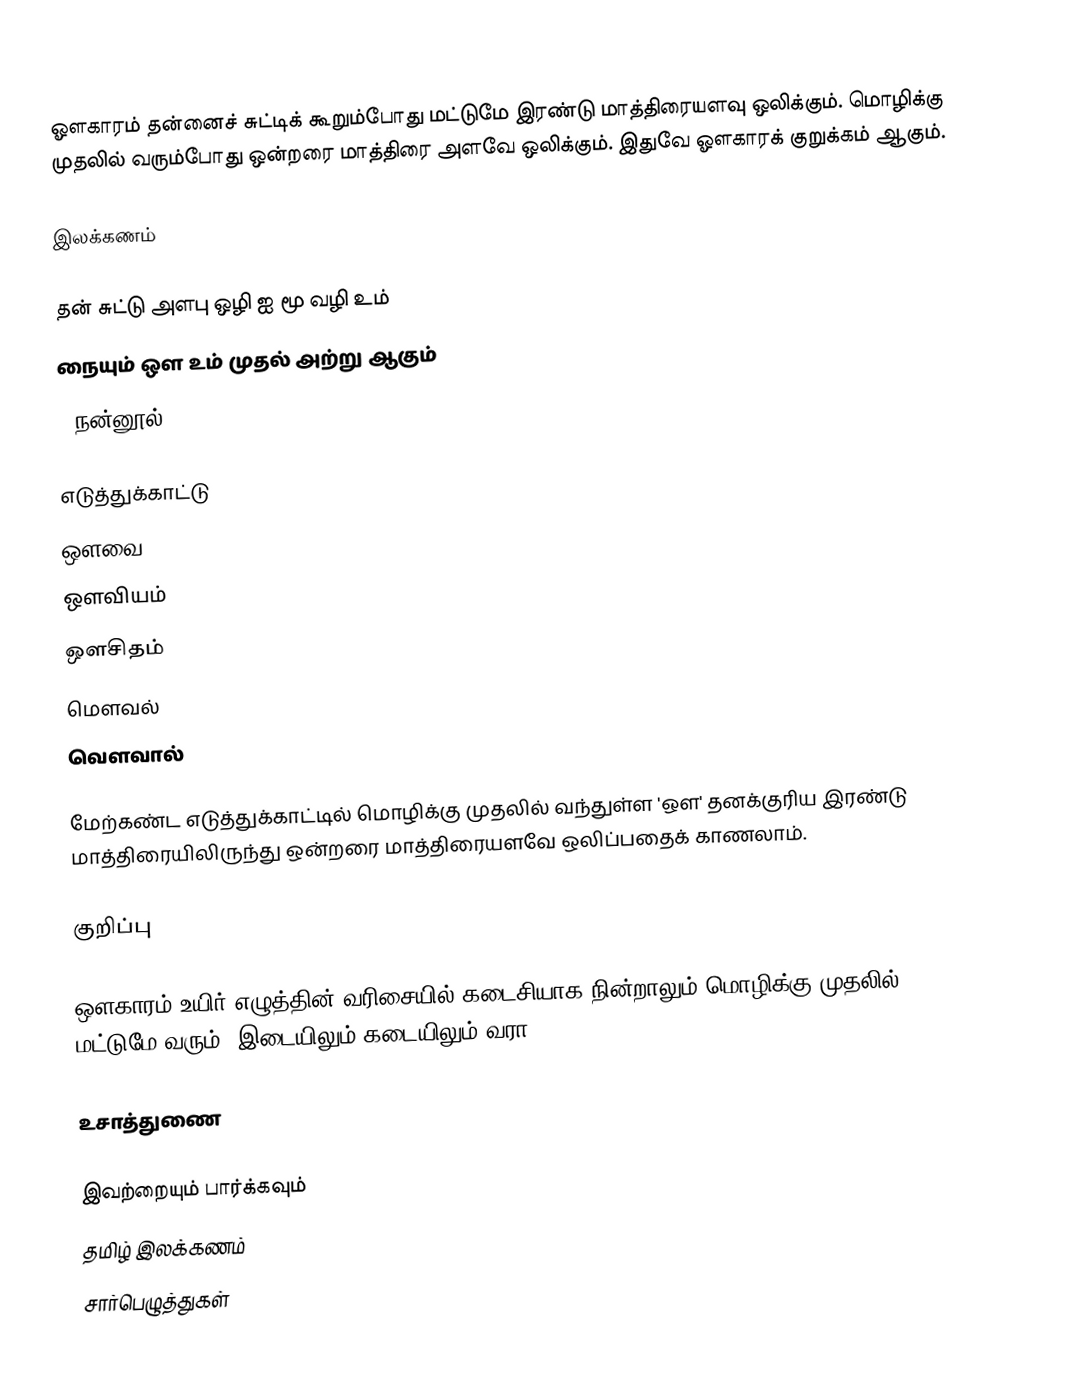
ஔகாரம் தன்னைச் சுட்டிக் கூறும்போது மட்டுமே இரண்டு மாத்திரையளவு ஒலிக்கும். மொழிக்கு முதலில் வரும்போது ஒன்றரை மாத்திரை அளவே ஒலிக்கும். இதுவே ஔகாரக் குறுக்கம் ஆகும்.

இலக்கணம்

 தன் சுட்டு அளபு ஒழி ஐ மூ வழி உம்
 நையும் ஔ உம் முதல் அற்று ஆகும்
                                    - நன்னூல்.95

எடுத்துக்காட்டு
 ஔவை
 ஔவியம்
 ஔசிதம்
 மௌவல்
 வௌவால்

மேற்கண்ட எடுத்துக்காட்டில் மொழிக்கு முதலில் வந்துள்ள 'ஔ' தனக்குரிய இரண்டு மாத்திரையிலிருந்து ஒன்றரை மாத்திரையளவே ஒலிப்பதைக் காணலாம்.

குறிப்பு

ஔகாரம் உயிர் எழுத்தின் வரிசையில் கடைசியாக நின்றாலும் மொழிக்கு முதலில் மட்டுமே வரும். இடையிலும் கடையிலும் வரா.

உசாத்துணை

இவற்றையும் பார்க்கவும்
 தமிழ் இலக்கணம்
சார்பெழுத்துகள்